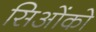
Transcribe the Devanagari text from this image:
सिओंको